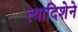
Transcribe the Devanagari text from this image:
त्यादिशेने